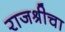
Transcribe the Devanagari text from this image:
राजश्रीचा